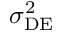
\sigma _ { \mathrm { D E } } ^ { 2 }